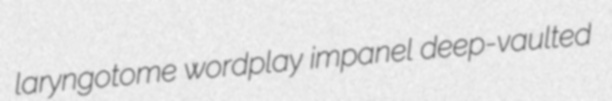
laryngotome wordplay impanel deep-vaulted